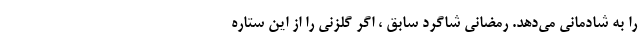
را به شادمانی می‌دهد. رمضانی شاگرد سابق ، اگر گلزنی را از این ستاره